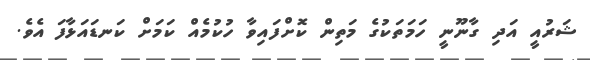
ޝަރުއީ އަދި ގާނޫނީ ހަމަތަކުގެ މަތިން ކޮށްފައިވާ ހުކުމެއް ކަމަށް ކަނޑައަޅާފަ އެވެ.